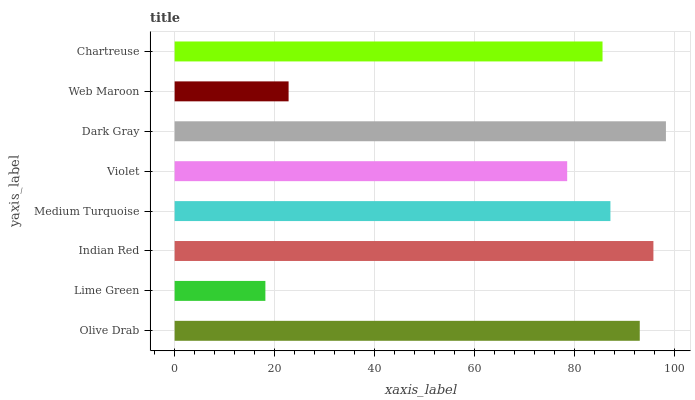
| yaxis_label | bars |
 | --- | --- |
 | Olive Drab | 93.1 |
 | Lime Green | 18.2 |
 | Indian Red | 95.8 |
 | Medium Turquoise | 87.2 |
 | Violet | 78.6 |
 | Dark Gray | 98.3 |
 | Web Maroon | 22.8 |
 | Chartreuse | 85.6 |